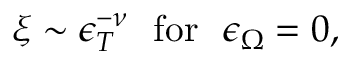
\xi \sim \epsilon _ { T } ^ { - \nu } \ \ \mathrm { f o r } \ \ \epsilon _ { \Omega } = 0 ,